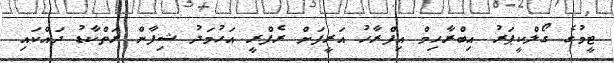
ޓީމުގެ ގޯލްކީޕަރު އިބްރާހިމް އިފްރާހު އަރީފަށް ރެފްރީ އަހުމަދު ޝިފާން ރަތްކާޑު ދައްކައި